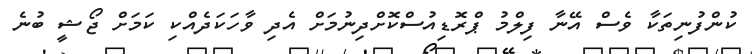
ކުންފުނިތަކާ ވެސް އޭނާ ފިލްމު ޕްރޮޑިއުސްކޮށްދިނުމަށް އެދި ވާހަކަދެއްކި ކަމަށް ޖޯޝީ ބުނެ